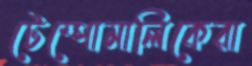
টেম্পোমালিকেরা